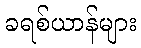
ခရစ်ယာန်များ